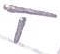
Text: T